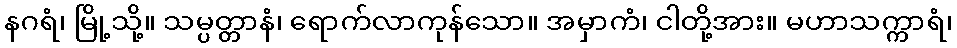
နဂရံ၊ မြို့သို့။ သမ္ပတ္တာနံ၊ ရောက်လာကုန်သော။ အမှာကံ၊ ငါတို့အား။ မဟာသက္ကာရံ၊